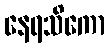
နေရသိကော